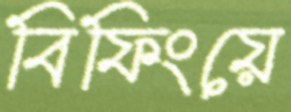
বিফিংয়ে